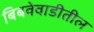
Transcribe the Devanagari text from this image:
बिबवेवाडीतील